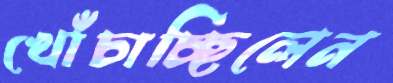
খোঁচাচ্ছিলেন